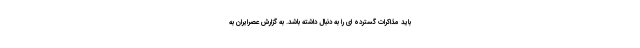
باید مذاکرات گسترده ای را به دنبال داشته باشد. به گزارش عصرایران به